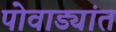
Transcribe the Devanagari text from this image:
पोवाड्यांत